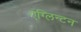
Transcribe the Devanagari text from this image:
एग्लिन्टन